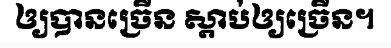
ឲ្យបានច្រើន ស្តាប់ឲ្យច្រើន។